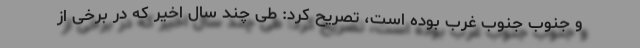
و جنوب جنوب غرب بوده است، تصریح کرد: طی چند سال اخیر که در برخی از